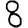
Digit: 8